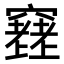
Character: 𥨮